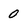
Character: 0